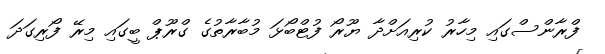
ފްރާންސްގައި މިހާރު ކުރިއަށްދާ ޔޫރޯ ފުޓްބޯޅަ މުބާރާތުގެ ގްރޫޕް ބީގައި މިރޭ ފޯރިގަދަ